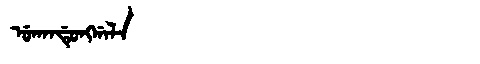
Manchu: ᡠᡴᠠᠨᡩᡠᠩᡤᠠᠯᠠ
Romanization: UKANDUNGGALA